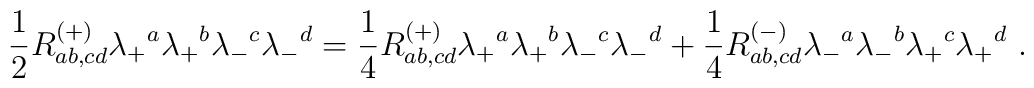
{1\over 2} R^{(+)}_{ab,cd} \lambda_+{}^a  \lambda_+{}^b\lambda_-{}^c\lambda_-{}^d = {1\over 4} R^{(+)}_{ab,cd} \lambda_+{}^a  \lambda_+{}^b\lambda_-{}^c\lambda_-{}^d + {1\over 4} R^{(-)}_{ab,cd} \lambda_-{}^a  \lambda_-{}^b\lambda_+{}^c\lambda_+{}^d \ .